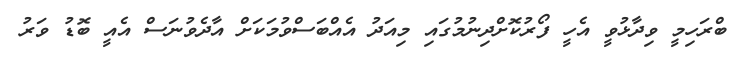
ބްރަހިމީ ވިދާޅުވީ އެހީ ފޯރުކޮށްދިނުމުގައި މިއަދު އެއްބަސްވުމަކަށް އާދެވުނަސް އެއީ ބޮޑު ވަރު